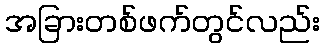
အခြားတစ်ဖက်တွင်လည်း